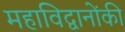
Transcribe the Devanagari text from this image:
महाविद्वानोंकी